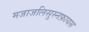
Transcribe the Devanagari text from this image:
मजाजलिसुस्नफ़ायस